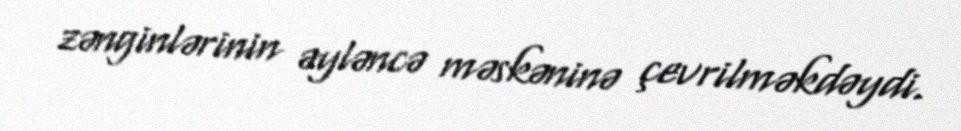
zənginlərinin əyləncə məskəninə çevrilməkdəydi.